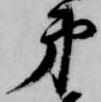
弟